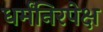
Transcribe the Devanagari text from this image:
धर्मंनिरपेक्ष